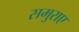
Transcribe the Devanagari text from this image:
समुराए